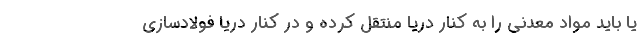
یا باید مواد معدنی را به کنار دریا منتقل کرده و در کنار دریا فولادسازی